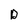
Character: D